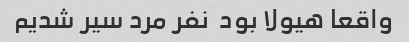
واقعا هیولا بود  نفر مرد سیر شدیم